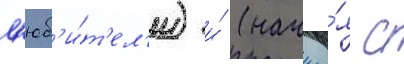
л'юб'и́т'ел'и) и́ (начина́я с